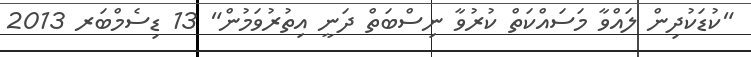
"ކުޑަކުދިން ލައްވާ މަސައްކަތް ކުރުވާ ނިސްބަތް ދަނީ އިތުރުވަމުން" 13 ޑިސެމްބަރ 2013